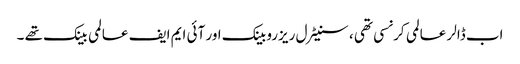
اب ڈالر عالمی کرنسی تھی ، سنیٹرل ریزروبینک اور آئی ایم ایف عالمی بینک تھے ۔